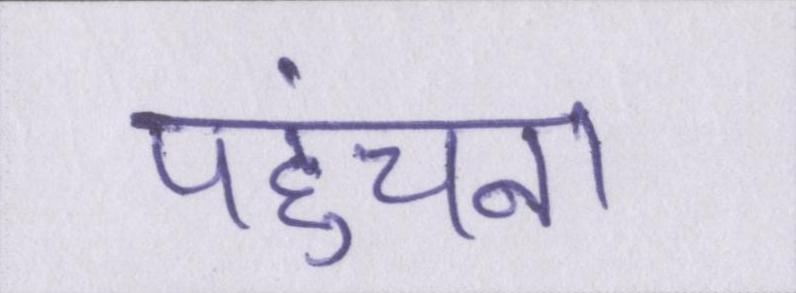
पहुंचना